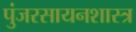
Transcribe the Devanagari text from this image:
पुंजरसायनशास्त्र